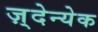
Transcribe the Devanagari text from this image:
ज़्देन्येक